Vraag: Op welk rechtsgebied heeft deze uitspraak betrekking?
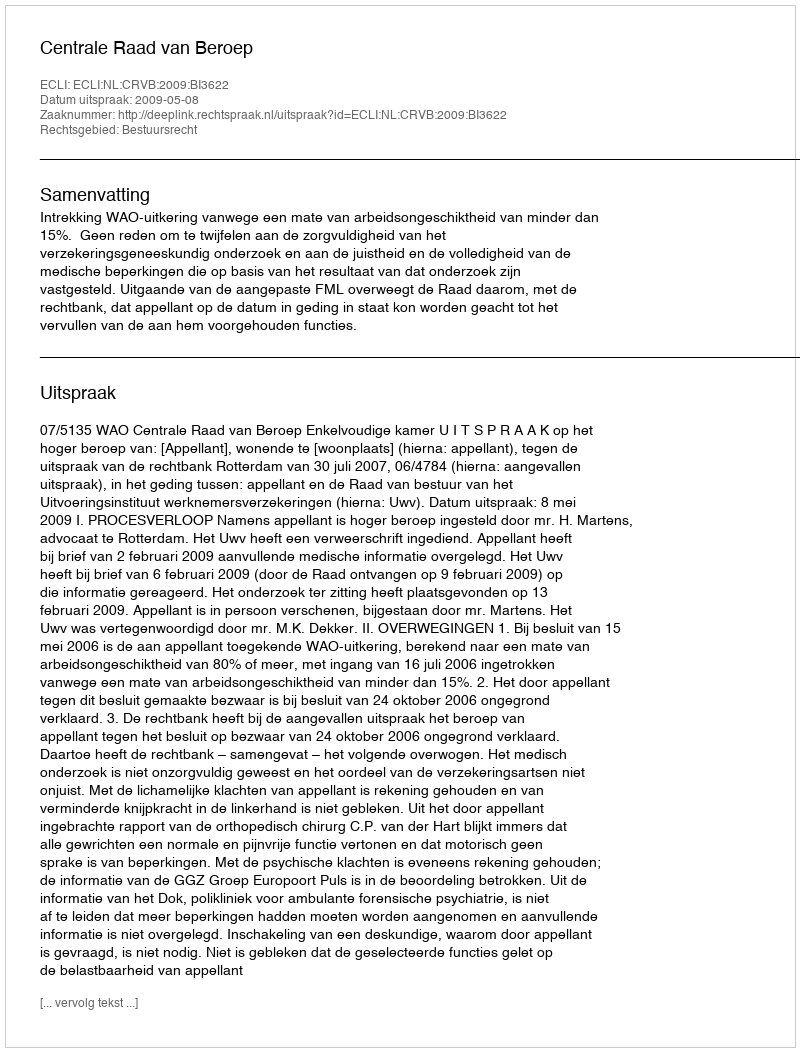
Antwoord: Bestuursrecht